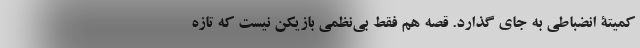
کمیتۀ انضباطی به جای گذارد. قصه هم فقط بی‌نظمی بازیکن نیست که تازه